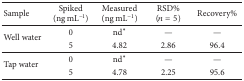
| Sample | Spiked (ng mL−1) | Measured (ng mL−1) | RSD% (n = 5) | Recovery% |
 | --- | --- | --- | --- | --- |
 | <ROWSPAN=2> Well water | 0 | nd* | — | — |
 | 5 | 4.82 | 2.86 | 96.4 |
 | <ROWSPAN=2> Tap water | 0 | nd* | — | — |
 | 5 | 4.78 | 2.25 | 95.6 |